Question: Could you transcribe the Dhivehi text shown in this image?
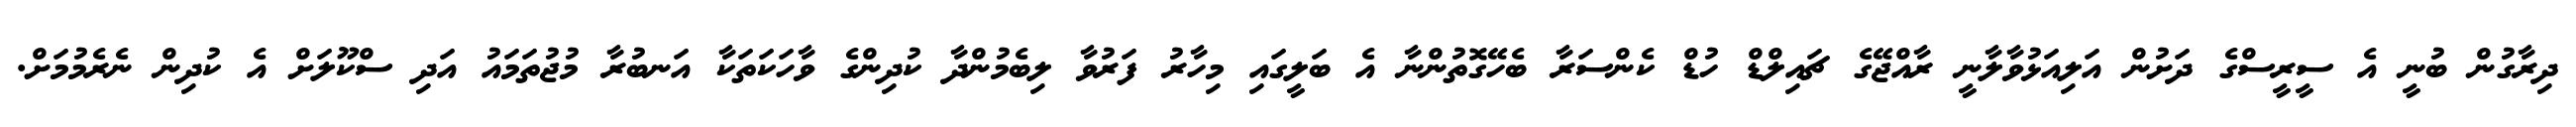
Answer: ދިރާގުން ބުނީ އެ ސީރީސްގެ ދަށުން އަލިއަޅުވާލާނީ ރާއްޖޭގެ ޗައިލްޑް ހުޑް ކެންސަރާ ބެހޭގޮތުންނާ އެ ބަލީގައި މިހާރު ފަރުވާ ލިބެމުންދާ ކުދިންގެ ވާހަކަތަކާ އަނބުރާ މުޖުތަމައު އަދި ސްކޫލަށް އެ ކުދިން ނެރެމުމަށް.